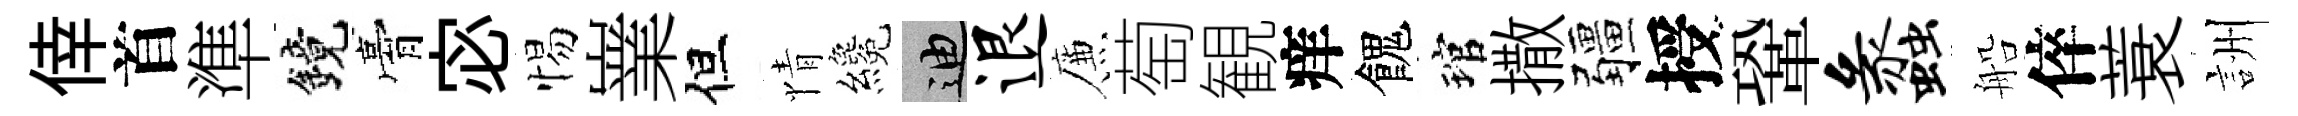
倖首準鏡膏宓惕嶪但情纔迪退簾萄観痒餽琯撒疆授鞏蠡船倅蓑詶